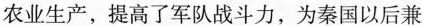
农业生产，提高了军队战斗力，为秦国以后兼